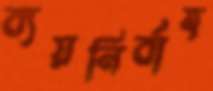
ব্যয়নির্বাহ